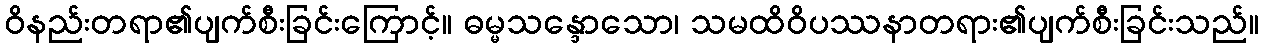
ဝိနည်းတရာ၏ပျက်စီးခြင်းကြောင့်။ ဓမ္မသန္ဒောသော၊ သမထိဝိပဿနာတရား၏ပျက်စီးခြင်းသည်။